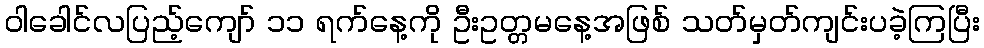
ဝါခေါင်လပြည့်ကျော် ၁၁ ရက်နေ့ကို ဦးဥတ္တမနေ့အဖြစ် သတ်မှတ်ကျင်းပခဲ့ကြပြီး